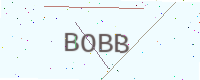
Text: BOBB